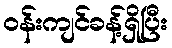
ဝန်းကျင်ခန့်ရှိပြီး